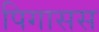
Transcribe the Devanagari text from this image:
पिगासस